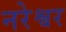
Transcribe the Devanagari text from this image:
नरेश्वर